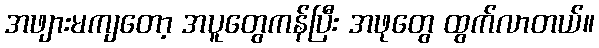
အဖျားမကျတော့ အပူတွေကန်ပြီး အဖုတွေ ထွက်လာတယ်။